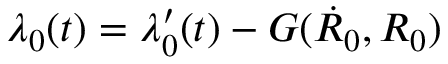
\lambda _ { 0 } ( t ) = \lambda _ { 0 } ^ { \prime } ( t ) - G ( \dot { R } _ { 0 } , R _ { 0 } )